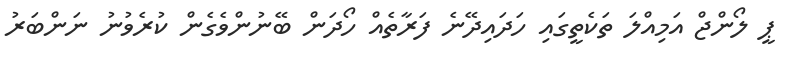
ޕީ ލޯންޖް އަމިއްލަ ތަކެތީގައި ހަދައިދޭނެ ފަރާތެއް ހޯދަން ބޭނުންވެގެން ކުރެވުނު ނަންބަރު